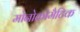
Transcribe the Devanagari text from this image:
मोनोक्रोमैटिक